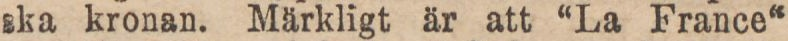
ska kronan. Märkligt är att “La France“